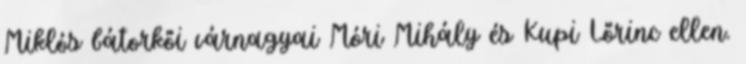
Miklós bátorkői várnagyai Móri Mihály és Kupi Lőrinc ellen.